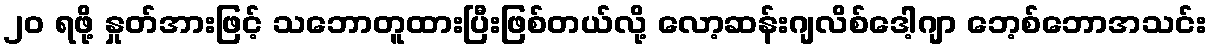
၂၀ ရဖို့ နှုတ်အားဖြင့် သဘောတူထားပြီးဖြစ်တယ်လို့ လော့ဆန်းဂျလိစ်ဒေါ့ဂျာ ဘေ့စ်ဘောအသင်း